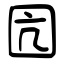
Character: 囥